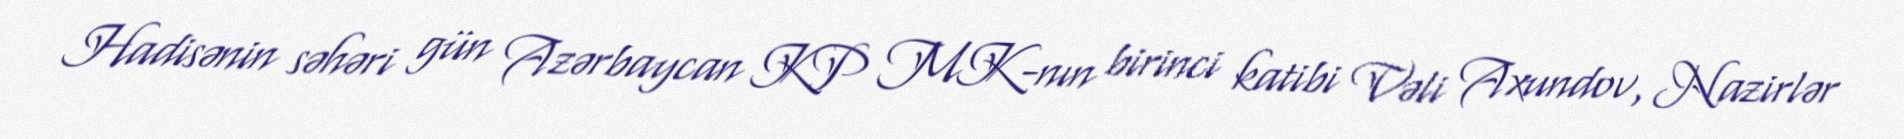
Hadisənin səhəri gün Azərbaycan KP MK-nın birinci katibi Vəli Axundov, Nazirlər